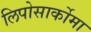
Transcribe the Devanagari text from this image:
लिपोसार्कोमा